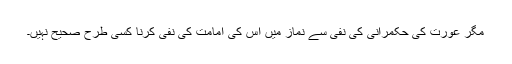
مگر عورت کی حکمرانی کی نفی سے نماز میں اس کی امامت کی نفی کرنا کسی طرح صحیح نہیں۔